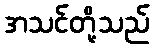
အသင်တို့သည်